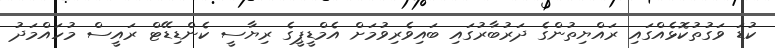
ކުޑަ ވަގުތުކޮޅެއްގައި ރައްޔިތުންގެ ދަރުބާރުގައި ބައިވެރިވުމަށް އެމްޑީޕީގެ ރިޔާސީ ކެންޑިޑޭޓް ރައީސް މުހައްމަދު